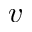
v